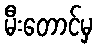
မီးတောင်မှ